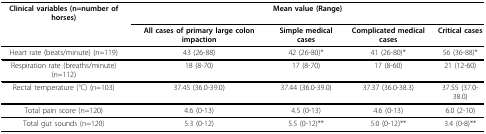
| Clinical variables (n=number of horses) | <COLSPAN=4> Mean value (Range) |
 |  | All cases of primary large colon impaction | Simple medical cases | Complicated medical cases | Critical cases |
 | --- | --- | --- | --- | --- |
 | Heart rate (beats/minute) (n=119) | 43 (26-88) | 42 (26-80)* | 41 (26-80)* | 56 (36-88)* |
 | Respiration rate (breaths/minute) (n=112) | 18 (8-70) | 17 (8-70) | 17 (8-60) | 21 (12-60) |
 | Rectal temperature (°C) (n=103) | 37.45 (36.0-39.0) | 37.44 (36.0-39.0) | 37.37 (36.0-38.3) | 37.55 (37.0-38.0) |
 | Total pain score (n=120) | 4.6 (0-13) | 4.5 (0-13) | 4.6 (0-13) | 6.0 (2-10) |
 | Total gut sounds (n=120) | 5.3 (0-12) | 5.5 (0-12)** | 5.0 (0-12)** | 3.4 (0-8)** |